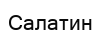
Салатин